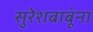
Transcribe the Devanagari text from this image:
सुरेशबाबूंना